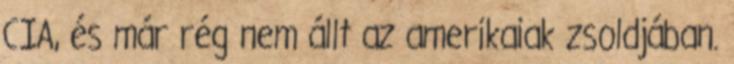
CIA, és már rég nem állt az amerikaiak zsoldjában.